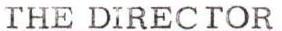
THE DIRECTOR